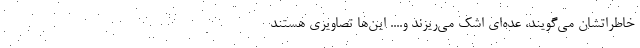
خاطراتشان می‌گویند، عده‌ای اشک می‌ریزند و.... این‌ها تصاویری هستند